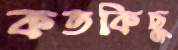
কতকিছু